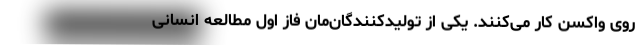
روی واکسن کار می‌کنند. یکی از تولیدکنندگان‌مان فاز اول مطالعه انسانی